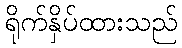
ရိုက်နှိပ်ထားသည်